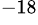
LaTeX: ^{-18}